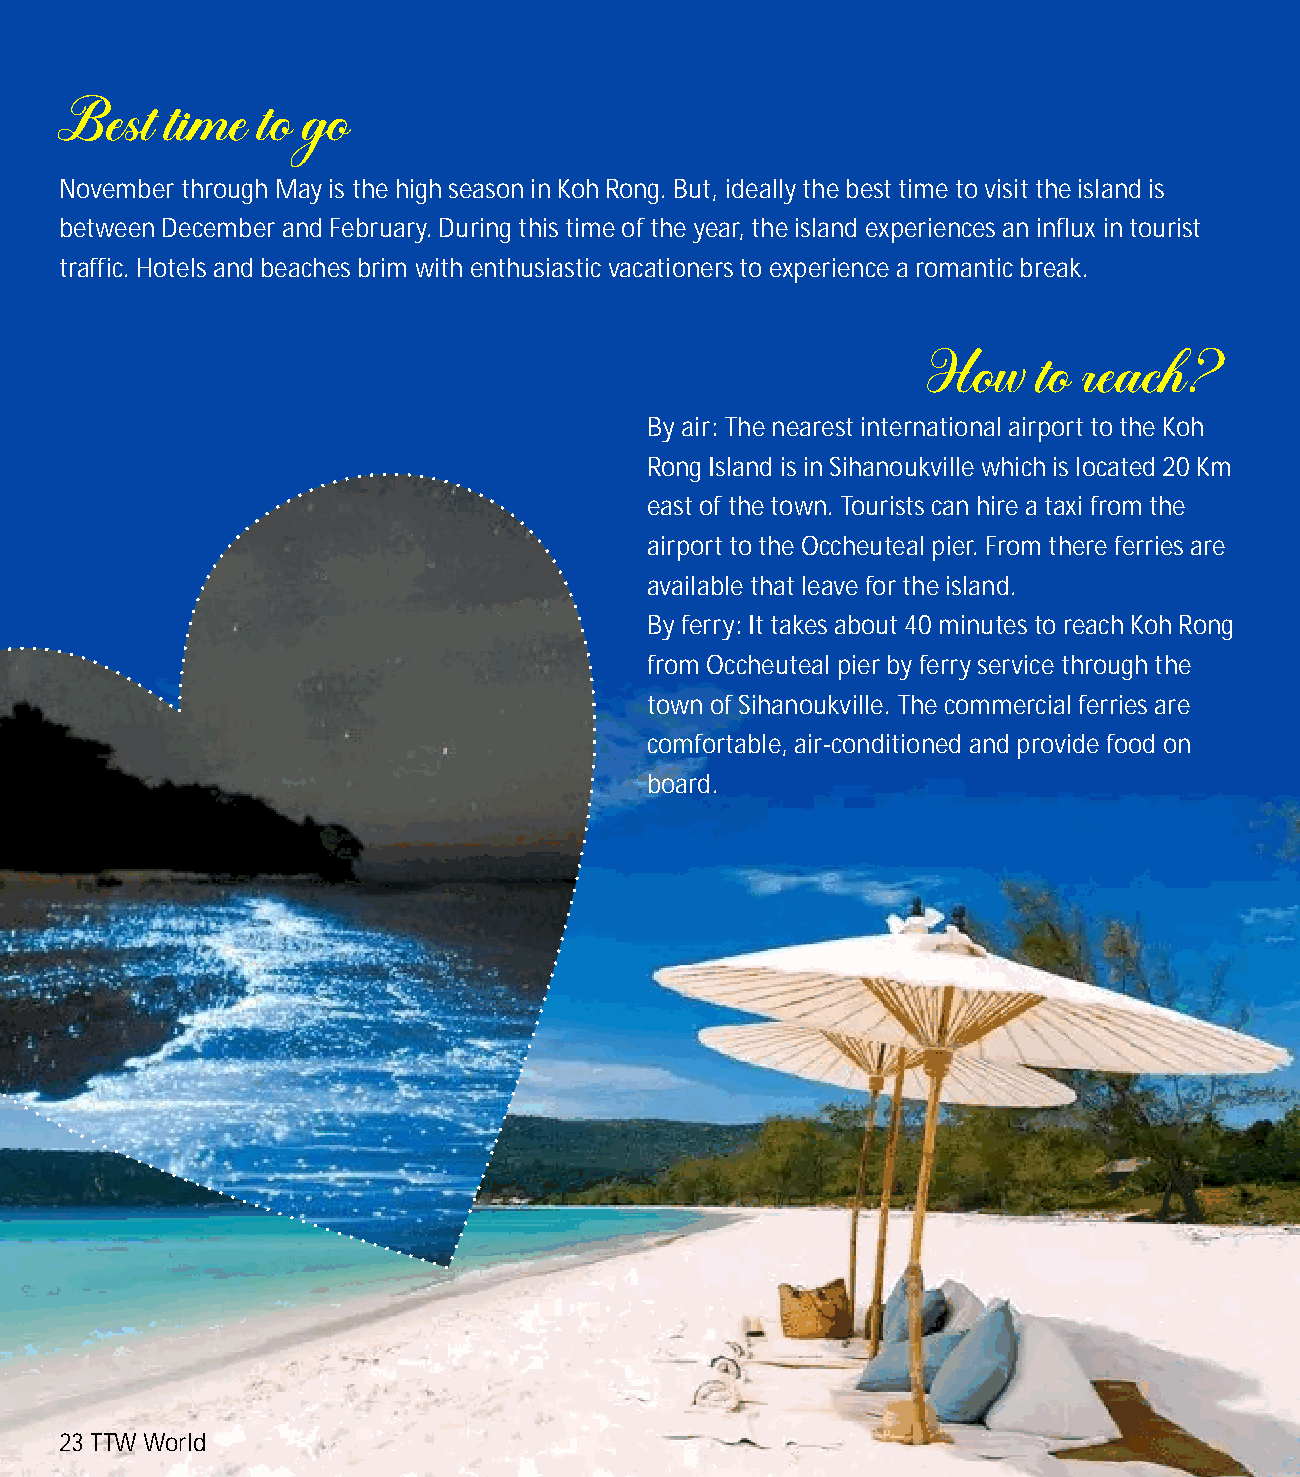
November through May is the high season in Koh Rong. But, ideally the best time to visit the island is
 between December and February. During this time of the year, the island experiences an influx in tourist
 traffic. Hotels and beaches brim with enthusiastic vacationers to experience a romantic break.
 By air: The nearest international airport to the Koh
 Rong Island is in Sihanoukville which is located 20 Km
 east of the town. Tourists can hire a taxi from the
 airport to the Occheuteal pier. From there ferries are
 available that leave for the island.
 By ferry: It takes about 40 minutes to reach Koh Rong
 from Occheuteal pier by ferry service through the
 town of Sihanoukville. The commercial ferries are
 comfortable, air-conditioned and provide food on
 board.
 23 TTW World